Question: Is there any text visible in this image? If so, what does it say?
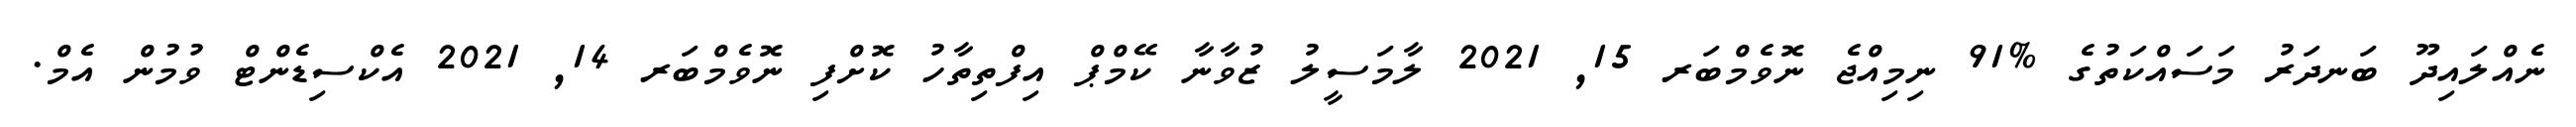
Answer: ނެއްލައިދޫ ބަނދަރު މަސައްކަތުގެ %91 ނިމިއްޖެ ނޮވެމްބަރ 15, 2021 ލާމަސީލު ޒުވާނާ ކޭމްޕް އިފްތިތާހު ކޮށްފި ނޮވެމްބަރ 14, 2021 އެކްސިޑެންޓް ވުމުން އެމް.